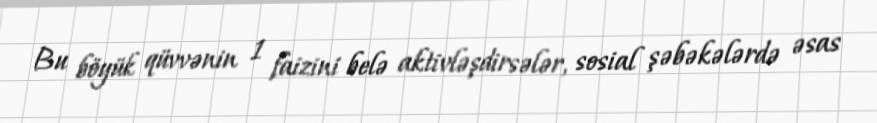
Bu böyük qüvvənin 1 faizini belə aktivləşdirsələr, sosial şəbəkələrdə əsas